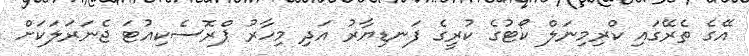
އޭގެ ތެރޭގައި ކްރިމިނަލް ކޯޓުގެ ކުރީގެ ފަނޑިޔާރު އަދި މިހާރު ޕްރޮސެކިއުޓަ ޖެނަރަލަކަށް